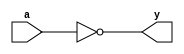
module not_gate_s(a,y);
input a;
output y;

not a1(y,a);         
endmodule